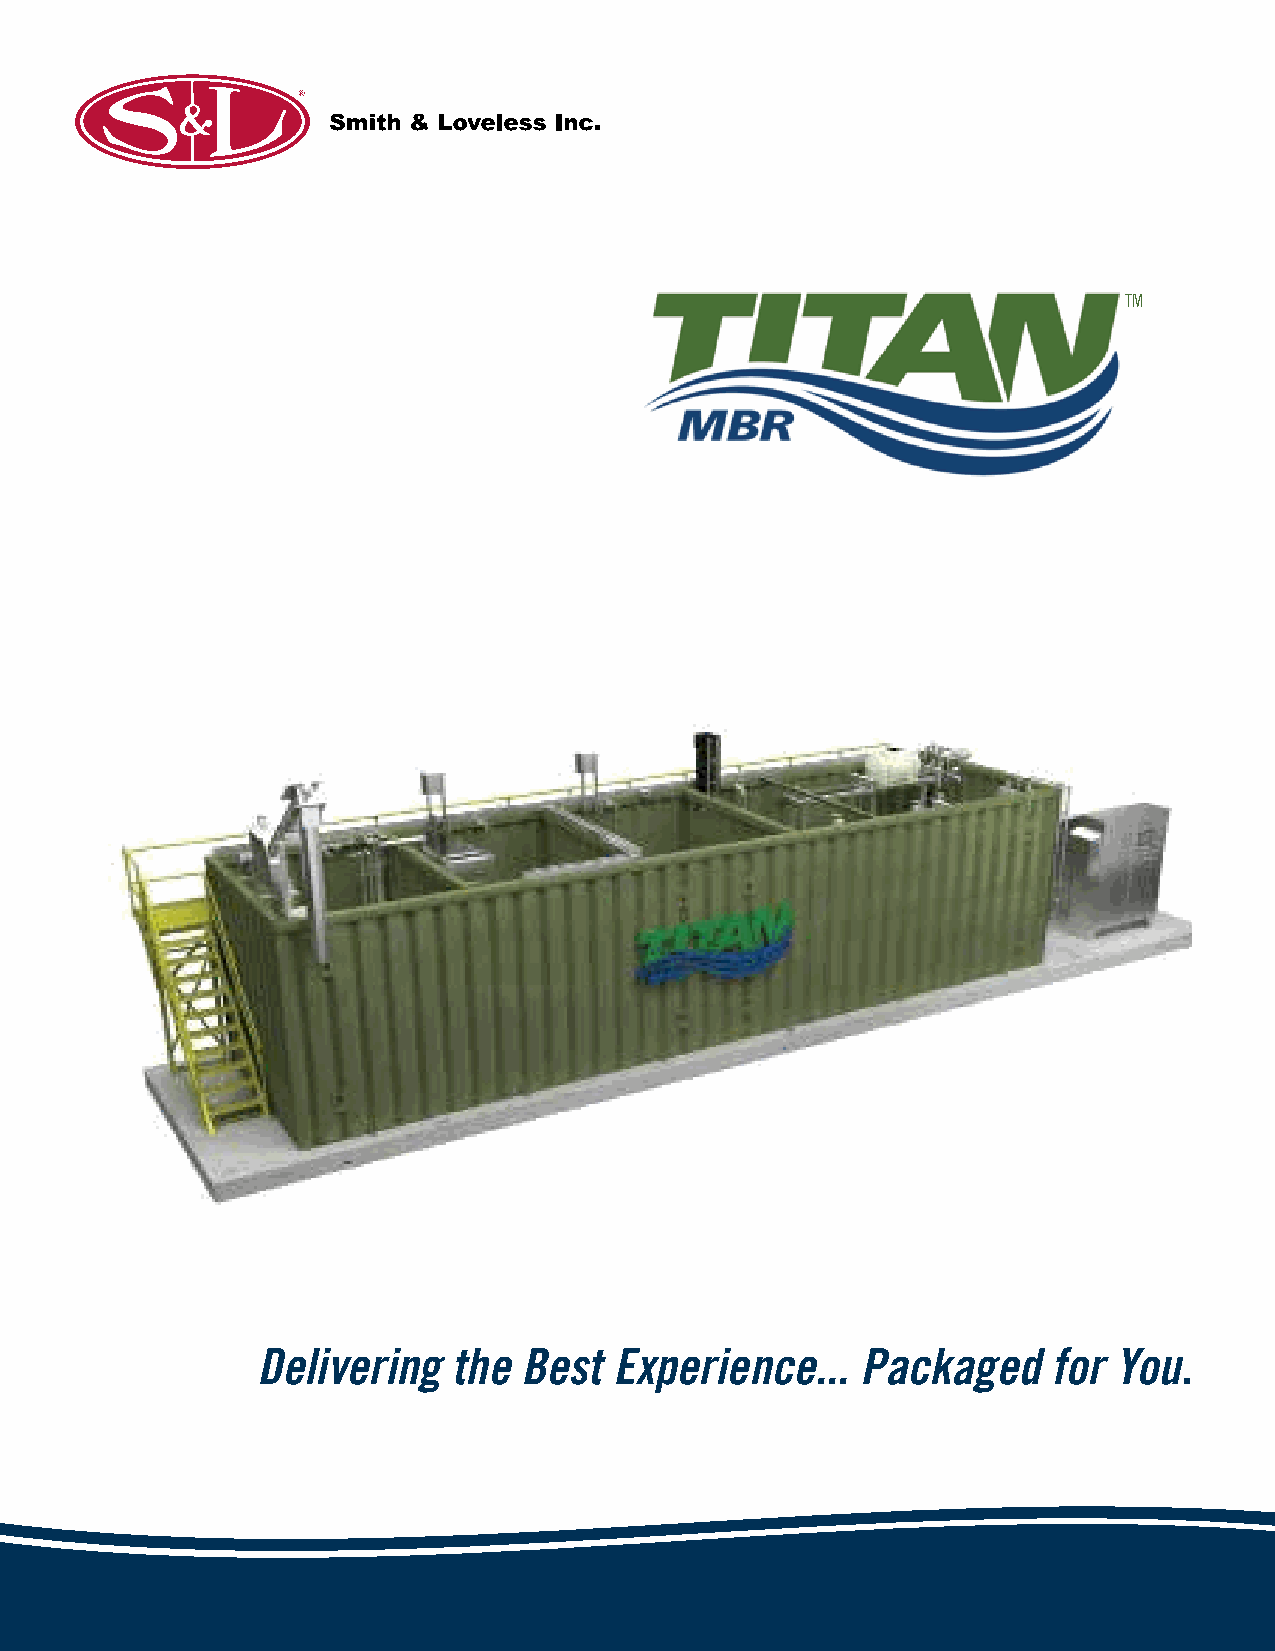
TM
 Delivering the Best Experience...Packaged for You
 TM
 Performance              TITAN MBR™ provides high oxygen transfer and a stable process tailored to your requirements, and is
 capable of achieving superior effluent quality and Title 22 approved water reuse.
 Experience the best O&M of any MBR through quick component access, smart instrumentation,
 Easiest MBR O&M
 remote data monitoring, reduced process complexity, & streamlined [CIP] membrane cleaning.
 Rugged tank and flat-sheet membrane construction with expanded stainless-steel componentry and
 Robust Design
 streamlined electrical design. Intuitive graphical touchscreen QUICKSMART™ PLC provides easy control.
 Increased energy effiency [up to 30%] with updated process & automation & no permeate pumps.
 Value
 Backed by complete single-source technical support, from pre-design to installation and beyond.
 TITAN MBR™ arrives in compact factory-built system models now with significantly less field assembly for
 swifter installation and start-up. Every system is backed by complete single-source technical support, from
 pre-design to installation and beyond, from Smith & Loveless,
 a company with more than 70 years experience and a
 strong reputation for reliability.
 Delivering   the  Best  Experience...   Packaged     for You.
 Phone: (913) 898-5201 14040 Santa Fe Trail Dr.,
 Smith & Loveless Inc.
 Fax: (913) 888-2173 Lenexa, KS USA 66215-1284
 www.SmithandLoveless.com
 0044
 .oN
 eruhcorB
 ,.cnI
 sselevoL
 &
 htimS
 ,8102©